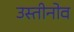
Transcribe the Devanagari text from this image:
उस्तीनोव